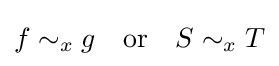
f\sim _{x}g\quad {\text{or}}\quad S\sim _{x}T